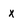
Character: x